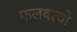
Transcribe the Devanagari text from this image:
फलवत्यो